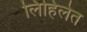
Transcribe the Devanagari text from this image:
लिहिलेत